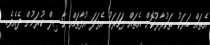
އެތައް ބަޔަކު ތަކުރާރުކޮށް އެތައް ފަހަރަކު އެފަދަ އުފާތައް ޙާޞިލް ކުރަމުން ދެއެވެ.